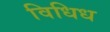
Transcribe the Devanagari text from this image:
विधिध